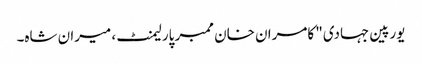
یورپین جہادی" کامران خان ممبر پارلیمنٹ، میران شاہ۔